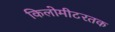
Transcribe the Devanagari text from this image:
किलोमीटरतक